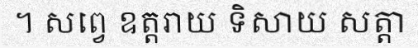
។ សព្វេ ឧត្តរាយ ទិសាយ សត្តា